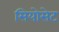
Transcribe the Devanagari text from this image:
सियोसेट